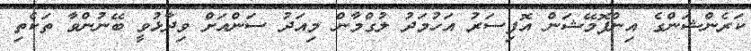
ކަރެންޝަންގެ އިންފޮމޭޝަން އޮފިސަރު އަހުމަދު ލުގްމާން މިއަދު ސަންއަށް ވިދާޅުވީ ބޭނުންވާ ތަކެތި